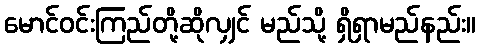
မောင်ဝင်းကြည်တို့ဆိုလျှင် မည်သို့ ရှိရှာမည်နည်း။